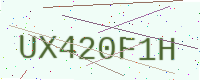
Text: UX420F1H